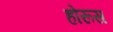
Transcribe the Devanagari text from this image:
होरूस